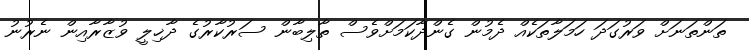
ތަންތަނަށް ވަރުގަދަ ހަމަލާތަކެއް ދެމުން ގެންދާކަމަށްވެސް ތާލިބާން ސަރުކާރުގެ ދާޚިލީ ވުޒާރާއިން ނެރުނު